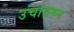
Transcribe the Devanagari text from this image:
उचांवरुन